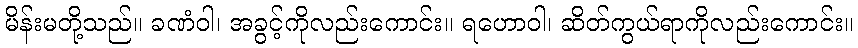
မိန်းမတို့သည်။ ခဏံဝါ၊ အခွင့်ကိုလည်းကောင်း။ ရဟောဝါ၊ ဆိတ်ကွယ်ရာကိုလည်းကောင်း။